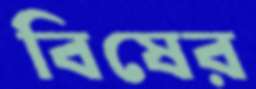
বিষের